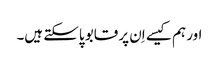
اور ہم کیسے اِن پر قابو پاسکتے ہیں۔